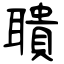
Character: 聵